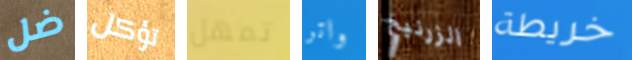
ضل تؤكل تمهل واتر الزرنيخ خريطة